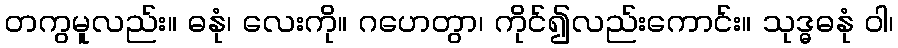
တကွမူလည်း။ ဓနုံ၊ လေးကို။ ဂဟေတွာ၊ ကိုင်၍လည်းကောင်း။ သုဒ္ဓဓနုံ ဝါ၊